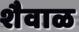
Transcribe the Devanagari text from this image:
शैवाळ